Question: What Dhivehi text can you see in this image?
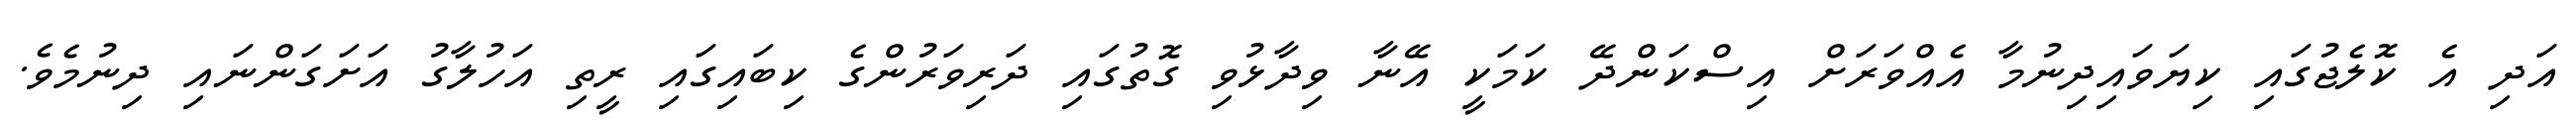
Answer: އަދި އެ ކޮލެޖުގައި ކިޔަވައިދިނުމާ އެއްވަރަށް އިސްކަންދޭ ކަމަކީ އޭނާ ވިދާޅުވި ގޮތުގައި ދަރިވަރުންގެ ކިބައިގައި ރީތި އަހުލާގު އަށަގަންނައި ދިނުމެވެ.